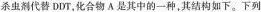
杀虫剂代替DDT，化合物A是其中的一种，其结构如下。下列